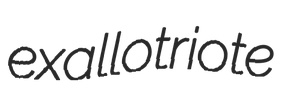
exallotriote